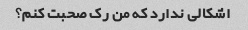
اشکالی ندارد که من رک صحبت کنم؟